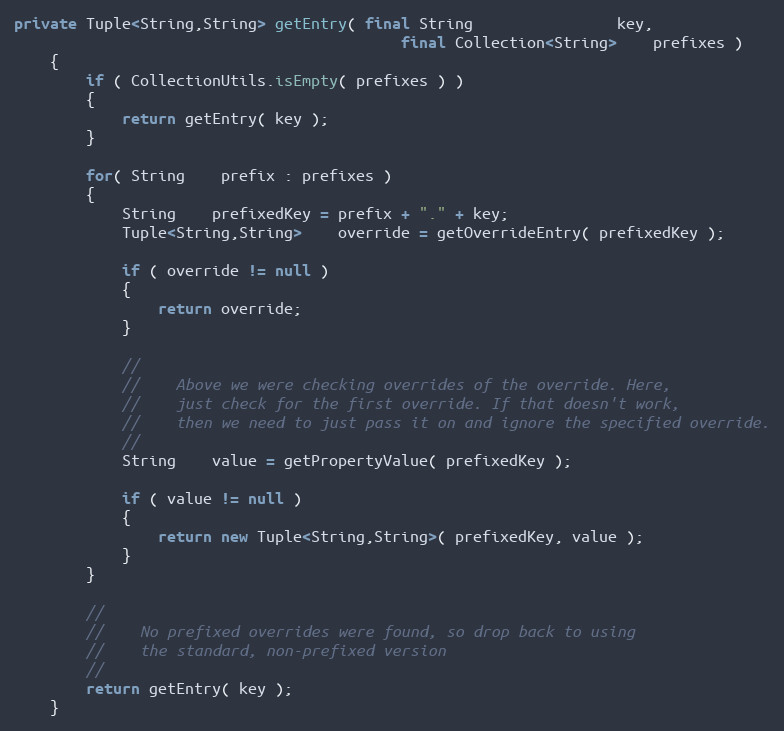
Language: Java
private Tuple<String,String> getEntry( final String                key,
                                           final Collection<String>    prefixes )
    {
        if ( CollectionUtils.isEmpty( prefixes ) )
        {
            return getEntry( key );
        }

        for( String    prefix : prefixes )
        {
            String    prefixedKey = prefix + "." + key;
            Tuple<String,String>    override = getOverrideEntry( prefixedKey );

            if ( override != null )
            {
                return override;
            }

            //
            //    Above we were checking overrides of the override. Here,
            //    just check for the first override. If that doesn't work,
            //    then we need to just pass it on and ignore the specified override.
            //
            String    value = getPropertyValue( prefixedKey );

            if ( value != null )
            {
                return new Tuple<String,String>( prefixedKey, value );
            }
        }

        //
        //    No prefixed overrides were found, so drop back to using
        //    the standard, non-prefixed version
        //
        return getEntry( key );
    }